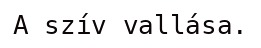
A szív vallása.